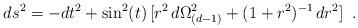
LaTeX: \begin{align*}ds^2 = -dt^2 + \sin^2 (t) \,[ r^2 \,d\Omega_{(d-1)}^2 + (1 + r^2)^{-1} \,dr^2] \,\,\, .\end{align*}